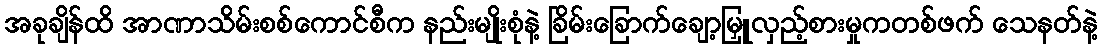
အခုချိန်ထိ အာဏာသိမ်းစစ်ကောင်စီက နည်းမျိုးစုံနဲ့ ခြိမ်းခြောက်ချော့မြှူလှည့်စားမှုကတစ်ဖက် သေနတ်နဲ့